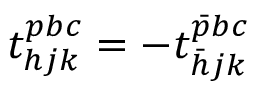
t _ { h j k } ^ { p b c } = - t _ { \bar { h } j k } ^ { \bar { p } b c }